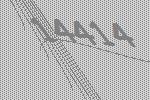
14414